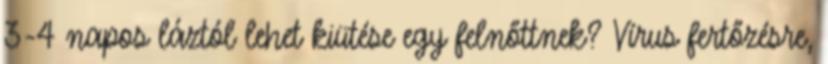
3-4 napos láztól lehet kiütése egy felnőttnek? Vírus fertőzésre,